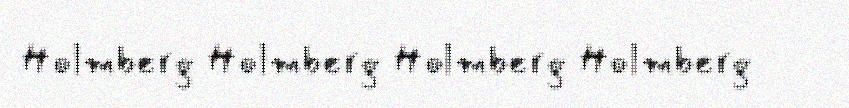
Holmberg Holmberg Holmberg Holmberg